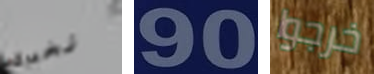
نخبرك 90 خرجوا